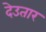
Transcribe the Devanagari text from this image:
देउतार